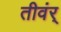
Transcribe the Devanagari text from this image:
तीवंर्